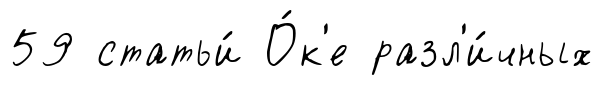
59 статьи́ О́к'е разл'и́чных